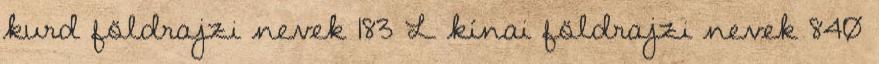
kurd földrajzi nevek‎ 183 L kínai földrajzi nevek‎ 840